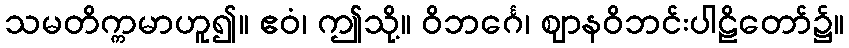
သမတိက္ကမာဟူ၍။ ဧဝံ၊ ဤသို့။ ဝိဘင်္ဂေ၊ ဈာနဝိဘင်းပါဠိတော်၌။